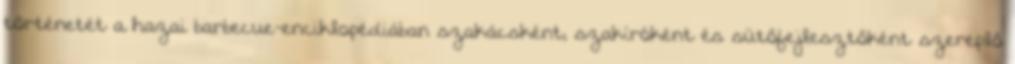
történetét a hazai barbecue-enciklopédiában szakácsként, szakíróként és sütőfejlesztőként szereplő